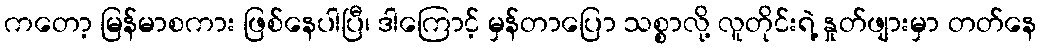
ကတော့ မြန်မာစကား ဖြစ်နေပါပြီ၊ ဒါကြောင့် မှန်တာပြော သစ္စာလို့ လူတိုင်းရဲ့ နှုတ်ဖျားမှာ တတ်နေ